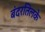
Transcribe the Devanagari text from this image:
बंदरतिलके